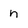
Character: n